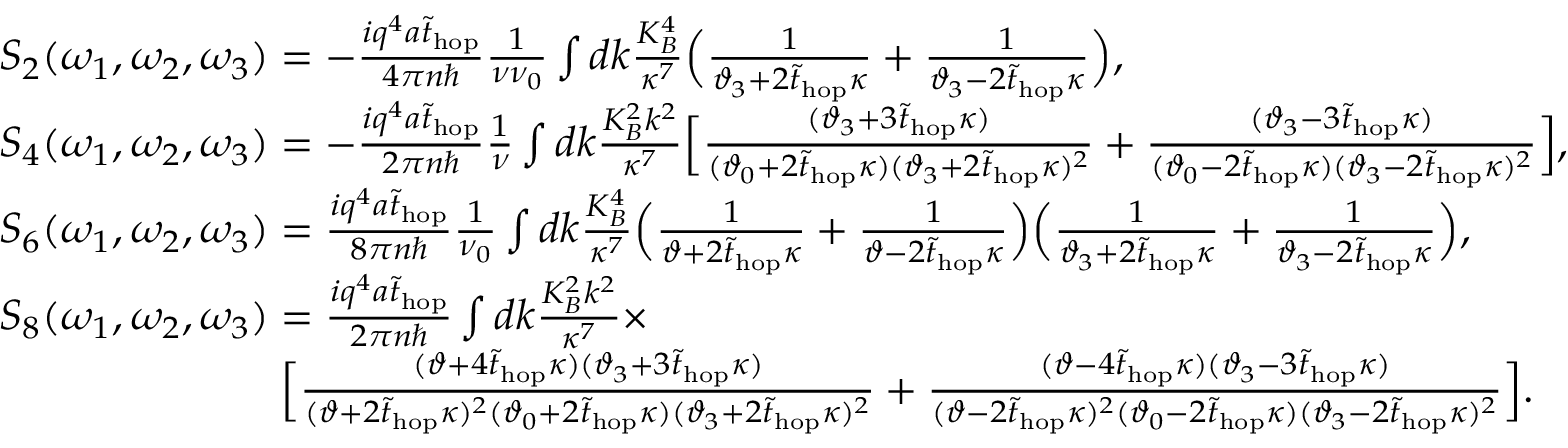
\begin{array} { r l } & { S _ { 2 } ( \omega _ { 1 } , \omega _ { 2 } , \omega _ { 3 } ) = - \frac { i q ^ { 4 } a \tilde { t } _ { \mathrm { h o p } } } { 4 \pi n \hbar } \frac { 1 } { \nu \nu _ { 0 } } \int d k \frac { K _ { B } ^ { 4 } } { \kappa ^ { 7 } } \Bigl ( \frac { 1 } { \vartheta _ { 3 } + 2 \tilde { t } _ { \mathrm { h o p } } \kappa } + \frac { 1 } { \vartheta _ { 3 } - 2 \tilde { t } _ { \mathrm { h o p } } \kappa } \Bigl ) , } \\ & { S _ { 4 } ( \omega _ { 1 } , \omega _ { 2 } , \omega _ { 3 } ) = - \frac { i q ^ { 4 } a \tilde { t } _ { \mathrm { h o p } } } { 2 \pi n \hbar } \frac { 1 } { \nu } \int d k \frac { K _ { B } ^ { 2 } k ^ { 2 } } { \kappa ^ { 7 } } \Bigl [ \frac { ( \vartheta _ { 3 } + 3 \tilde { t } _ { \mathrm { h o p } } \kappa ) } { ( \vartheta _ { 0 } + 2 \tilde { t } _ { \mathrm { h o p } } \kappa ) ( \vartheta _ { 3 } + 2 \tilde { t } _ { \mathrm { h o p } } \kappa ) ^ { 2 } } + \frac { ( \vartheta _ { 3 } - 3 \tilde { t } _ { \mathrm { h o p } } \kappa ) } { ( \vartheta _ { 0 } - 2 \tilde { t } _ { \mathrm { h o p } } \kappa ) ( \vartheta _ { 3 } - 2 \tilde { t } _ { \mathrm { h o p } } \kappa ) ^ { 2 } } \Bigl ] , } \\ & { S _ { 6 } ( \omega _ { 1 } , \omega _ { 2 } , \omega _ { 3 } ) = \frac { i q ^ { 4 } a \tilde { t } _ { \mathrm { h o p } } } { 8 \pi n \hbar } \frac { 1 } { \nu _ { 0 } } \int d k \frac { K _ { B } ^ { 4 } } { \kappa ^ { 7 } } \Bigl ( \frac { 1 } { \vartheta + 2 \tilde { t } _ { \mathrm { h o p } } \kappa } + \frac { 1 } { \vartheta - 2 \tilde { t } _ { \mathrm { h o p } } \kappa } \Bigl ) \Bigl ( \frac { 1 } { \vartheta _ { 3 } + 2 \tilde { t } _ { \mathrm { h o p } } \kappa } + \frac { 1 } { \vartheta _ { 3 } - 2 \tilde { t } _ { \mathrm { h o p } } \kappa } \Bigl ) , } \\ & { S _ { 8 } ( \omega _ { 1 } , \omega _ { 2 } , \omega _ { 3 } ) = \frac { i q ^ { 4 } a \tilde { t } _ { \mathrm { h o p } } } { 2 \pi n \hbar } \int d k \frac { K _ { B } ^ { 2 } k ^ { 2 } } { \kappa ^ { 7 } } \times } \\ & { \; \; \; \; \; \; \; \; \; \; \; \; \; \; \; \; \; \; \; \; \; \; \; \; \Bigl [ \frac { ( \vartheta + 4 \tilde { t } _ { \mathrm { h o p } } \kappa ) ( \vartheta _ { 3 } + 3 \tilde { t } _ { \mathrm { h o p } } \kappa ) } { ( \vartheta + 2 \tilde { t } _ { \mathrm { h o p } } \kappa ) ^ { 2 } ( \vartheta _ { 0 } + 2 \tilde { t } _ { \mathrm { h o p } } \kappa ) ( \vartheta _ { 3 } + 2 \tilde { t } _ { \mathrm { h o p } } \kappa ) ^ { 2 } } + \frac { ( \vartheta - 4 \tilde { t } _ { \mathrm { h o p } } \kappa ) ( \vartheta _ { 3 } - 3 \tilde { t } _ { \mathrm { h o p } } \kappa ) } { ( \vartheta - 2 \tilde { t } _ { \mathrm { h o p } } \kappa ) ^ { 2 } ( \vartheta _ { 0 } - 2 \tilde { t } _ { \mathrm { h o p } } \kappa ) ( \vartheta _ { 3 } - 2 \tilde { t } _ { \mathrm { h o p } } \kappa ) ^ { 2 } } \Bigl ] . } \end{array}